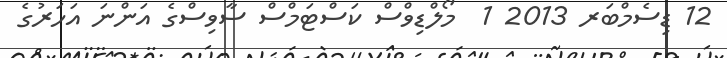
12 ޑިސެމްބަރ 2013 1  މޯލްޑިވްސް ކަސްޓަމްސް ސާވިސްގެ އަންނަ އަހަރުގެ